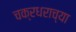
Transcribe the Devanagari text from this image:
चक्रधराच्या